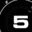
Digit: 5